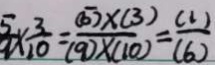
\frac { 5 } { 9 } \times \frac { 3 } { 1 0 } = \frac { ( 5 ) \times ( 3 ) } { ( 9 ) \times ( 1 0 ) } = \frac { ( 1 ) } { ( 6 ) }